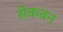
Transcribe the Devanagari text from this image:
सेकबन